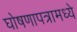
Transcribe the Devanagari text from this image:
घोषणापत्रामध्ये